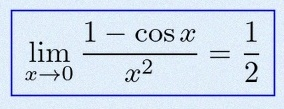
\lim_{x\to0}\frac{1-\cos x}{x^2}=\frac12